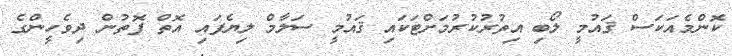
ކޮންމެއަކަސް ޤައުމީ ލޯބި އިތުރުކުރުމަށްޓަކައި ޤައުމީ ސަލާމް ލިޔެފައި އޮތް ފޮތުން ދިވެހީންގެ